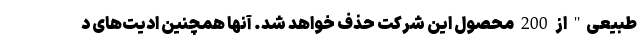
طبیعی" از 200 محصول این شرکت حذف خواهد شد. آنها همچنین ادیت‌های د